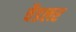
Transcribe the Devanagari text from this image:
चैडलर